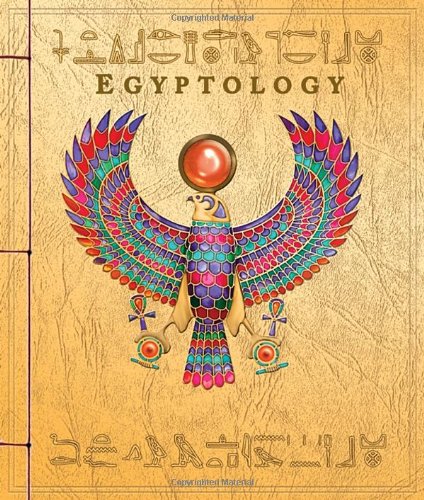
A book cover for Egyptology: Search for the Tomb of Osiris; Emily Sands; Travel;